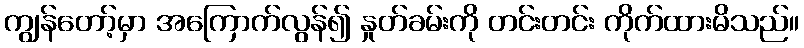
ကျွန်တော့်မှာ အကြောက်လွန်၍ နှုတ်ခမ်းကို တင်းတင်း ကိုက်ထားမိသည်။